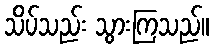
သိပ်သည်း သွားကြသည်။